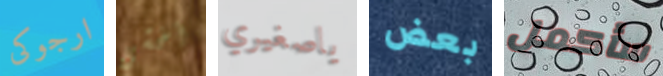
ارجوكى أخشى ياصغيري بعض سأكمل